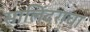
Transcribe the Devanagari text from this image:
सालिंदराचा